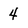
Character: 4